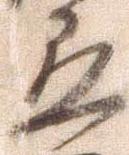
応